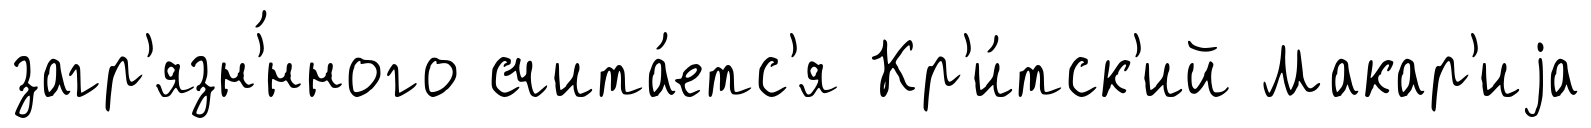
загр'язн'́нного счита́етс'я Кр'и́тск'ий Макар'иjа